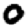
Digit: 0